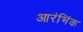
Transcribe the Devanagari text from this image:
आरंभिंक